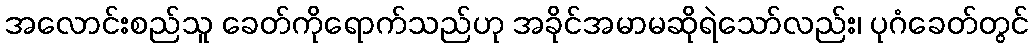
အလောင်းစည်သူ ခေတ်ကိုရောက်သည်ဟု အခိုင်အမာမဆိုရဲသော်လည်း၊ ပုဂံခေတ်တွင်